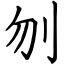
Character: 刎